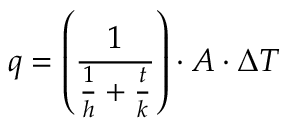
q = \left( { \frac { 1 } { { \frac { 1 } { h } } + { \frac { t } { k } } } } \right) \cdot A \cdot \Delta T